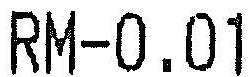
RM-0.01